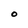
Character: O